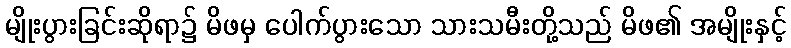
မျိုးပွားခြင်းဆိုရာ၌ မိဖမှ ပေါက်ပွားသော သားသမီးတို့သည် မိဖ၏ အမျိုးနှင့်